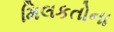
મિલકતોના